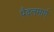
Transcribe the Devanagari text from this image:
पैदलमार्ग